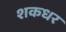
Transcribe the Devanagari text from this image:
शकधर